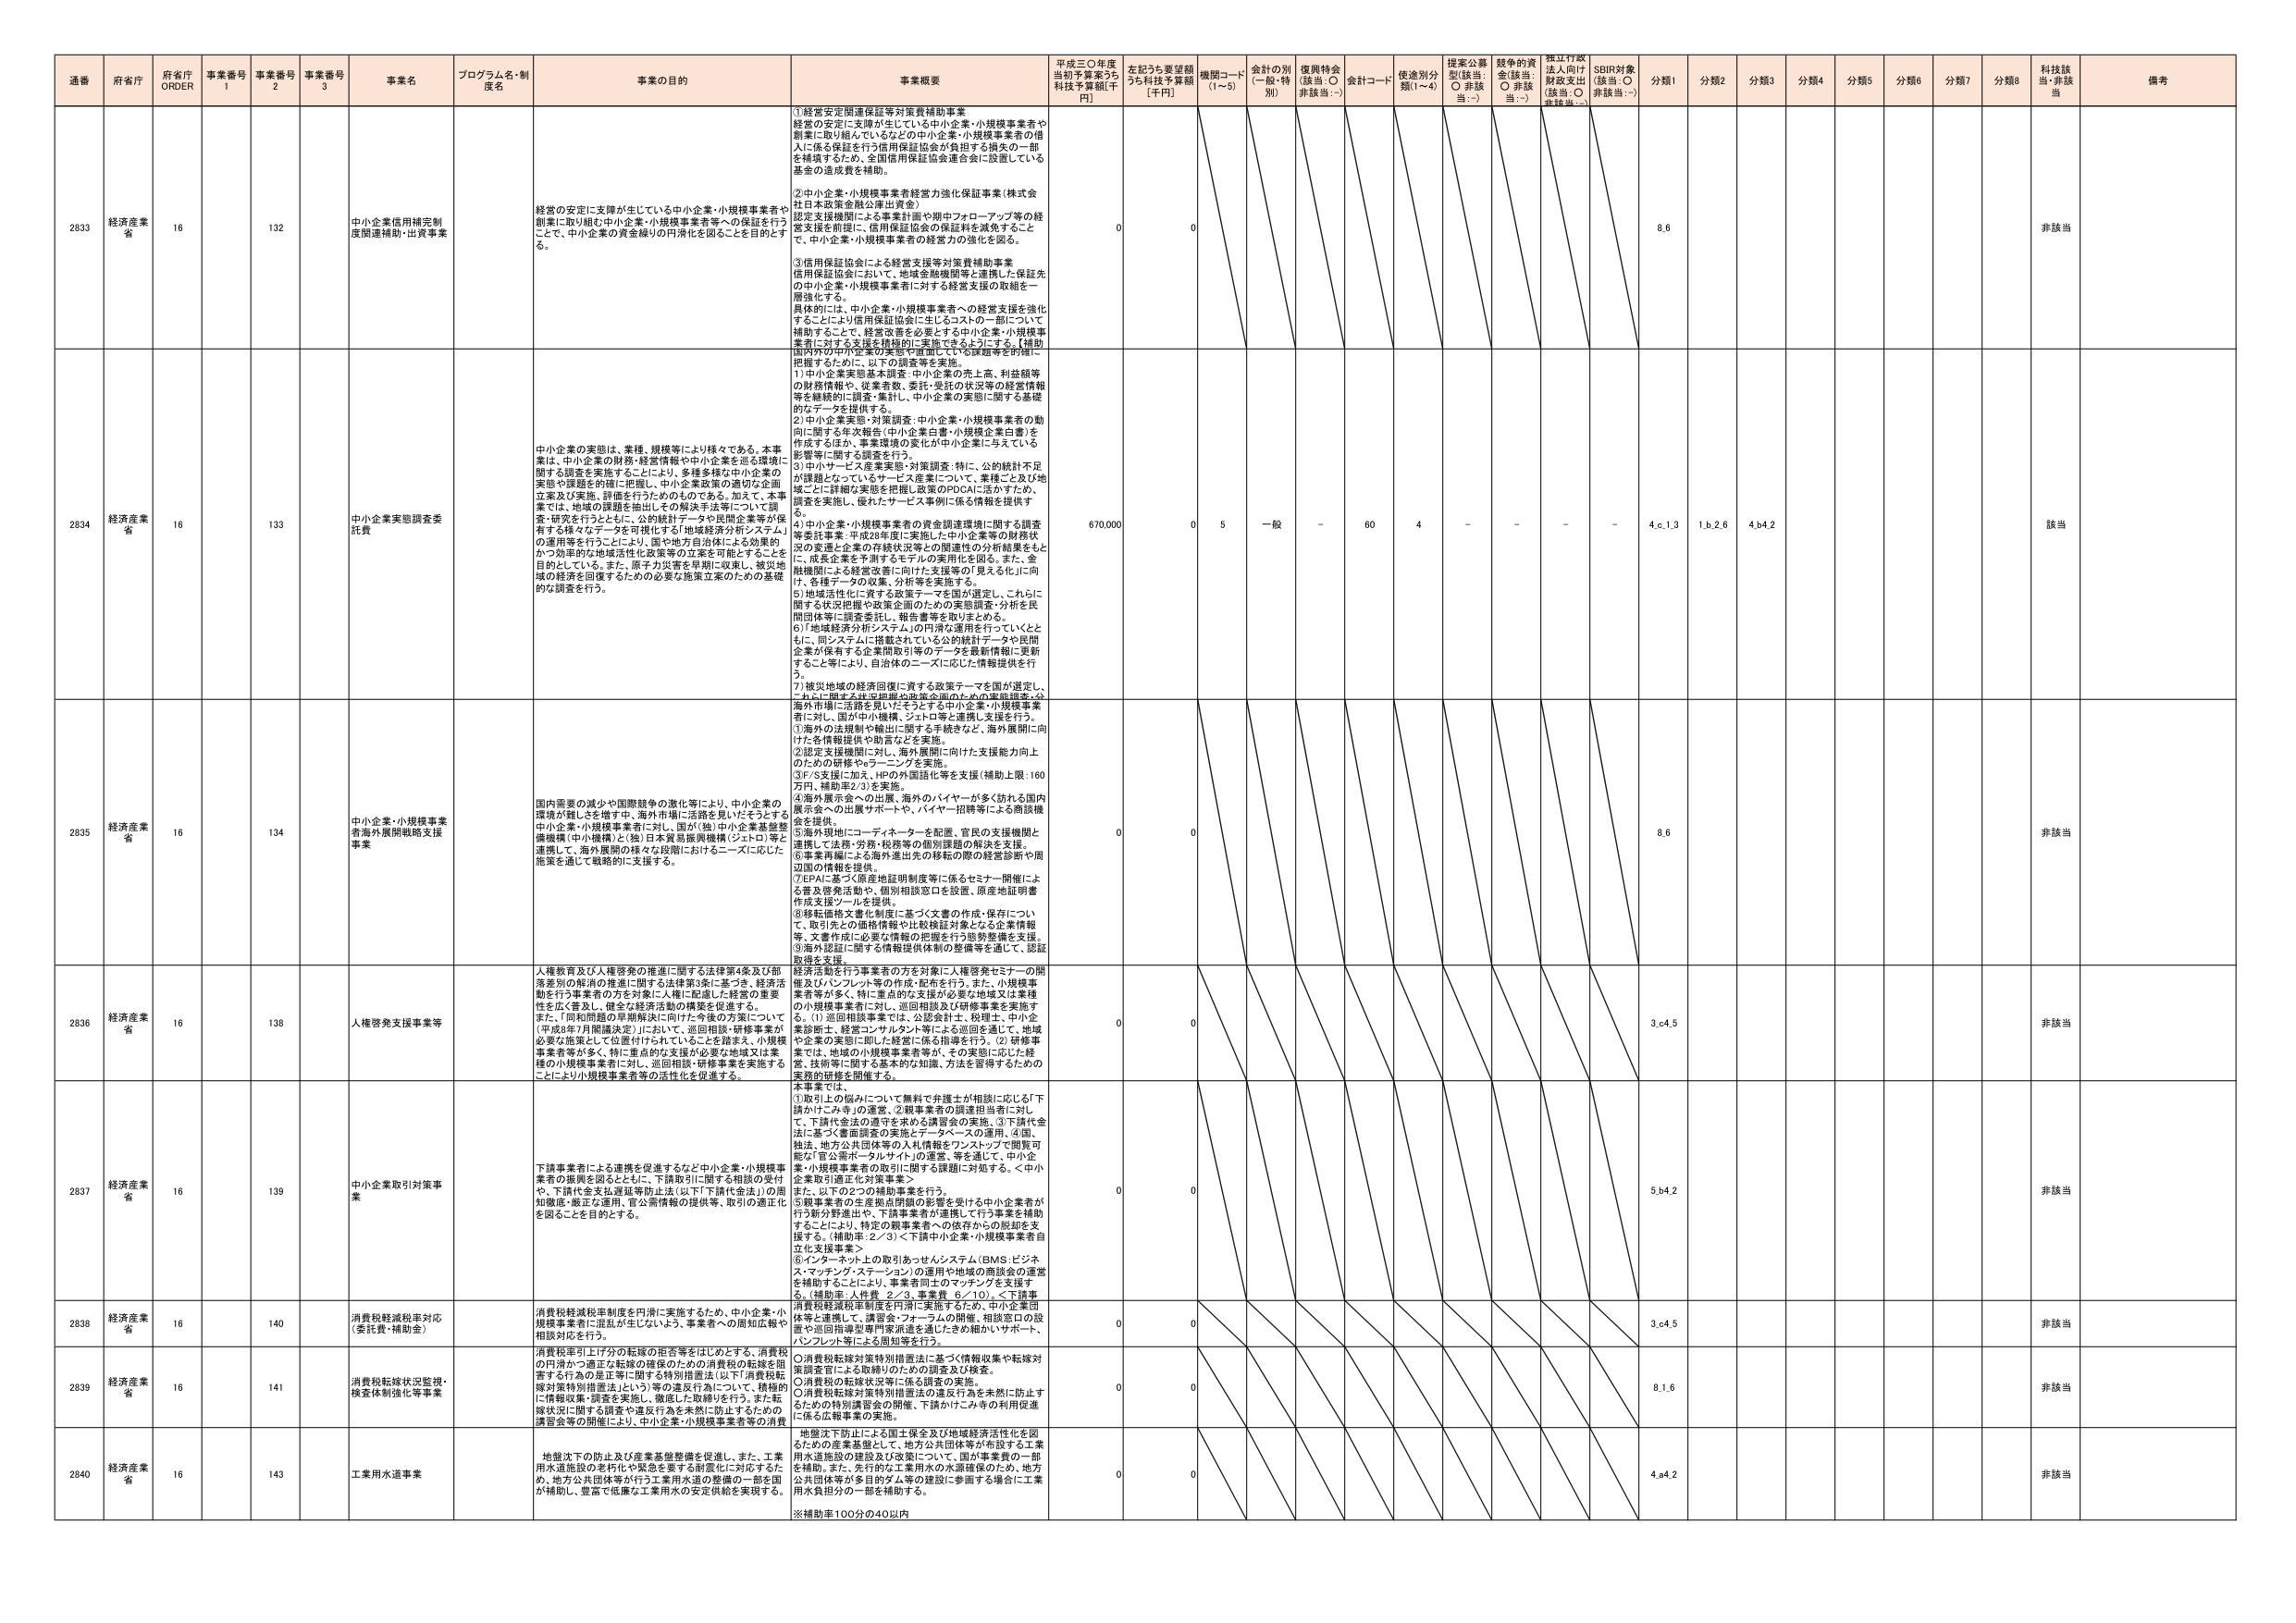
通番 府省庁 府省庁 ORDER 事業番号 1 事業番号 2 事業番号 3 事業名 プログラム名・制度名 事業の目的 事業概要 平成三〇年度当初予算案うち 科技予算額[千円] 左記うち要望額うち科技予算額 [千円] 機関コード (1～5) 金計の別 (一般・特別) 復興特金 (該当：○ 非該当：-) 金計コード 使用別分類(1～4) 提案公募型(該当：○ 非該当：-) 競争的資金(該当：○ 非該当：-) 標江行政法人向け財政支出 (該当：○ 非該当：-) SDBR対象 (該当：○ 非該当：-) 分類1 分類2 分類3 分類4 分類5 分類6 分類7 分類8 科技該当・非該当 備考

2833 経済産業省 16 132 中小企業信用補完制度関連補助・出資事業 経営の安定に支障が生じている中小企業・小規模事業者や創業に取り組む中小企業・小規模事業者等への保証を行うことで、中小企業の資金繰りの円滑化を図ることを目的とする。 ①経営安定関連保証等対策費補助事業 経営の安定に支障が生じている中小企業・小規模事業者や創業に取り組んでいるなどの中小企業・小規模事業者の借入に係る保証を行う信用保証協会が負担する損失の一部を補填するため、全国信用保証協会連合会に設置している基金の造成費を補助。 ②中小企業・小規模事業者経営力強化保証事業（株式会社日本政策金融公庫出資金） 認定支援機関による事業計画や期中フォローアップ等の経営支援を前提に、信用保証協会の保証料を減免すること で、中小企業・小規模事業者の経営力の強化を図る。 ③信用保証協会による経営支援等対策費補助事業 信用保証協会において、地域金融機関等と連携した保証先の中小企業・小規模事業者に対する経営支援の取組を一層強化する。 具体的には、中小企業・小規模事業者への経営支援を強化することにより信用保証協会に生じるコストの一部について補助することで、経営改善を必要とする中小企業・小規模事業者に対する支援を積極的に実施できるようにする。【補助 国内外の中小企業の実態を把握している課題等を的確に把握するために、以下の調査等を実施。 1）中小企業実態基本調査：中小企業の売上高、利益額等の財務情報や、従業者数、委託・受託の状況等の経営情報等を継続的に調査・集計し、中小企業の実態に関する基礎的なデータを提供する。 2）中小企業実態・対策調査：中小企業・小規模事業者の動向に関する年次報告（中小企業白書・小規模企業白書）を作成するほか、事業環境の変化が中小企業に与えている影響等に関する調査を行う。 3）中小サービス産業実態・対策調査：特に、公的統計不足が課題となっているサービス産業について、業種ごと及び地域ごとに詳細な実態を把握し政策のPDCAに活かすため、調査を実施し、優れたサービス事例に係る情報を提供する。 4）中小企業・小規模事業者の資金調達環境に関する調査等委託事業：平成28年度に実施した中小企業等の財務状況の変遷と企業の存続状況等の関連性の分析結果をもとに、成長企業を予測するモデルの実用化を図る。また、金融機関による経営改善に向けた支援等の「見える化」に向け、各種データの収集、分析等を実施する。 5）地域活性化に資する政策テーマを国が選定し、これらに関する状況把握や政策企画のための実態調査・分析を民間団体等に調査委託し、報告書等を取りまとめる。 6）「地域経済分析システム」の円滑な運用を行っていくとともに、同システムに搭載されている公的統計データや民間企業が保有する企業間取引等のデータを最新情報に更新すること等により、自治体のニーズに応じた情報提供を行う。 7）被災地域の経済回復に資する政策テーマを国が選定し、これに関する民生品関連品政策企画のための事態調査・分析を民間団体等に調査委託し、報告書等を取りまとめる。 0 0 8.6 非該当

2834 経済産業省 16 133 中小企業実態調査委託費 中小企業の実態は、業種、規模等により様々である。本事業は、中小企業の財務・経営情報や中小企業を巡る環境に関する調査を実施することにより、多種多様な中小企業の実態や課題を的確に把握し、中小企業政策の適切な企画立案及び実施、評価を行うためのものである。加えて、本事業では、地域の課題を抽出しその解決手法等について調査・研究を行うとともに、公的統計データや民間企業等が保有する様々なデータを可視化する「地域経済分析システム」の運用等を行うことにより、国や地方自治体による効果的かつ効率的な地域活性化政策等の立案を可能とすることを目的としている。また、原子力災害を早期に収束し、被災地域の経済を回復するための必要な施策立案のための基礎的な調査を行う。 670,000 0 5 一般 - 60 4 - - - - 4.c.1.3 1.b.2.6 4.b4.2 該当

2835 経済産業省 16 134 中小企業・小規模事業者海外展開戦略支援事業 国内需要の減少や国際競争の激化等により、中小企業の環境が鈍化を増す中、海外市場に活路を見いだそうとする中小企業・小規模事業者に対し、国が中小機構、ジェトロ等と連携し支援を行う。 ①海外の法規制や輸出に関する手続きなど、海外展開に向 けた各種情報提供や助言などを実施。 ②認定支援機関に対し、海外展開に向けた支援能力向上のための研修やトレーニングを実施。 ③F/S支援に加え、HPの外国語化等を支援（補助上限：160万円、補助率2/3）を実施。 ④海外展示会への出展、海外のバイヤーが多くの訪れる国内展示会への出展サポートや、バイヤー招聘等による商談機会を提供。 ⑤海外現地にコーディネーターを配置、官民の支援機関と連携して法務・労務・税務等の個別課題の解決を支援。 ⑥事業再編による海外進出先の移転の際の経営診断や周辺国の情報を提供。 ⑦EPAに基づく原産地証明制度等に係るセミナー開催による普及啓発活動や、個別相談窓口を設置、原産地証明書作成支援ツールを提供。 ⑧移転価格文書化制度に基づく文書の作成・保存について、取引先との価格情報や比較検証対象となる企業情報等、文書作成に必要な情報の把握を行う態勢整備を支援。 ⑨海外認証に関する情報提供体制の整備を進めて、認証取得を支援。 0 0 8.6 非該当

2836 経済産業省 16 138 人権啓発支援事業等 人権教育及び人権啓発の推進に関する法律第4条及び部落差別の解消の推進に関する法律第3条に基づき、経済活動を行う事業者の方を対象に人権に配慮した経営の重要性を広く普及し、健全な経済活動の構築を促進する。 また、「同和問題の早期解決に向けた今後の方策について」（平成8年7月閣議決定）において、巡回相談・研修事業が必要な施策として位置付けられていることを踏まえ、小規模事業者等が多く、特に重点的な支援が必要な地域又は業種の小規模事業者に対し、巡回相談・研修事業を実施することにより小規模事業者等の活性化を促進する。 経済活動を行う事業者の方を対象に人権啓発セミナーの開催及びパンフレット等の作成・配布を行う。また、小規模事業者等が多く、特に重点的な支援が必要な地域又は業種の小規模事業者に対し、巡回相談及び研修事業を実施する。 ①巡回相談事業では、公認会計士、税理士、中小企業診断士、経営コンサルタント等による巡回を通じて、地域や企業の実態に即した経営に係る指導を行う。②研修事業では、地域の小規模事業者等が、その実態に応じた経営、技術等に関する基本的な知識、方法を習得するための実践的研修を開催する。 本事業では、 ①取引上の悩みについて無料で弁護士が相談に応じる「下請かけごみ寺」の運営、②親事業者の調達担当者に対し て、下請代金法の遵守を求める講習会の実施、③下請代金法に基づく書面調査の実施とデータベースの運用、④国、 独法、地方公共団体等の入札情報をワンストップで閲覧可能な「官公需ポータルサイト」の運営、等を通じて、中小企業・小規模事業者の取引に関する課題に対処する。＜中小企業取引適正化対策事業＞ また、以下の2つの補助事業を行う。 ⑤親事業者の生産拠点閉鎖の影響を受ける中小企業者が行う新分野進出や、下請事業者が連携して行う事業を補助することにより、特定の親事業者への依存からの脱却を支援する。（補助率：2／3）＜下請中小企業・小規模事業者自立化支援事業＞ ⑥インターネット上の取引あっせんシステム（BMS：ビジネス・マッチング・ステーション）の運用や地域の商談会の運営を補助することにより、事業者同士のマッチングを支援する。（補助率：人件費 2／3、事業費 6／10）＜下請事業者相互取引促進支援事業＞ 0 0 3.c4.5 非該当

2837 経済産業省 16 139 中小企業取引対策事業 下請事業者による連携を促進するなど中小企業・小規模事業者の振興を図るとともに、下請取引に関する相談の受けや、下請代金支払遅延等防止法（以下「下請代金法」）の周知徹底・厳正な運用、官公需情報の提供等、取引の適正化を図ることを目的とする。 0 0 5.b4.2 非該当

2838 経済産業省 16 140 消費税軽減税率対応（委託費・補助金） 消費税軽減税率制度を円滑に実施するため、中小企業・小規模事業者に混乱が生じないよう、事業者への周知広報や相談対応を行う。 消費税軽減税率制度を円滑に実施するため、中小企業団体等と連携して、講習会・フォーラムの開催、相談窓口の設置や巡回指導室等門家派遣を通じたきめ細かいサポート、パンフレット等による周知等を行う。 0 0 3.c4.5 非該当

2839 経済産業省 16 141 消費税転嫁状況監視・検査体制強化等事業 消費税率引上げ分の転嫁の拒否等をはじめとする、消費税の円滑かつ適正な転嫁の確保のための消費税の転嫁を阻害する行為の是正等に関する特別措置法（以下「消費税転嫁対策特別措置法」という）等の違反行為について、積極的に情報収集・調査を実施し、微塵した取締りを行う。また転嫁状況に関する調査や違反行為を未然に防止するための講習会等の開催により、中小企業・小規模事業者等の消費 ①消費税転嫁対策特別措置法に基づく情報収集や転嫁対策調査官による取締りのための調査及び検査。 ②消費税の転嫁状況等に係る調査の実施。 ③消費税転嫁対策特別措置法の違反行為を未然に防止するための特別講習会の開催、下請かけごみ寺の利用促進に係る広報事業の実施。 0 0 8.1.6 非該当

2840 経済産業省 16 143 工業用水道事業 地盤沈下の防止及び産業基盤整備を促進し、また、工業用水道施設の老朽化や敗色を要する耐震化に対応するため、地方公共団体等が行う工業用水道の整備の一部を国が補助し、豊富で低廉な工業用水の安定供給を実現する。 地盤沈下防止による国土保全及び地域経済活性化を図るための産業基盤として、地方公共団体等が施設する工業用水道施設の建設及び改築について、国が事業費の一部を補助。また、先行的な工業用水の水源確保のため、地方公共団体等が多目的ダム等の建設に参画する場合に工業用水負担分の一部を補助する。 ※補助率100分の40以内 0 0 4.a4.2 非該当